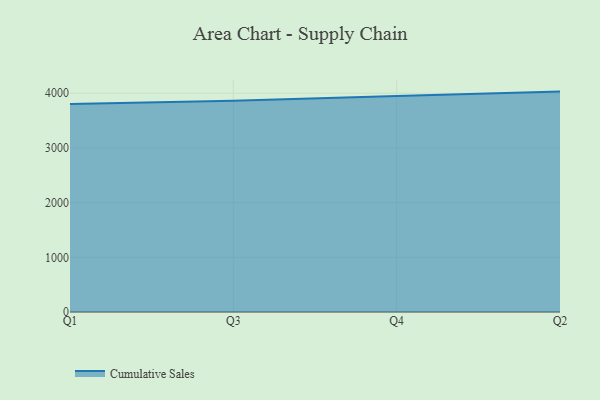
{"axis": {"x": "Quarter", "y": "Humidity (%)"}, "legend": ["Cumulative Sales"], "data": [{"x": "Q1", "y": 3802.6, "type": "Cumulative Sales"}, {"x": "Q3", "y": 3861.3, "type": "Cumulative Sales"}, {"x": "Q4", "y": 3949.8, "type": "Cumulative Sales"}, {"x": "Q2", "y": 4030.2, "type": "Cumulative Sales"}]}